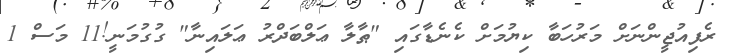
ރެފިއުޖީންނަށް މަރުހަބާ ކިޔުމަށް ކެނެޑާގައި "ޠާލާ ޢަލްބަދްރު ޢަލައިނާ" ގުގުމަނީ!11 މަސް 1